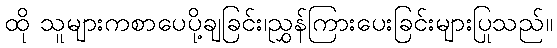
ထို သူများကစာပေပို့ချခြင်း၊ညွှန်ကြားပေးခြင်းများပြုသည်။